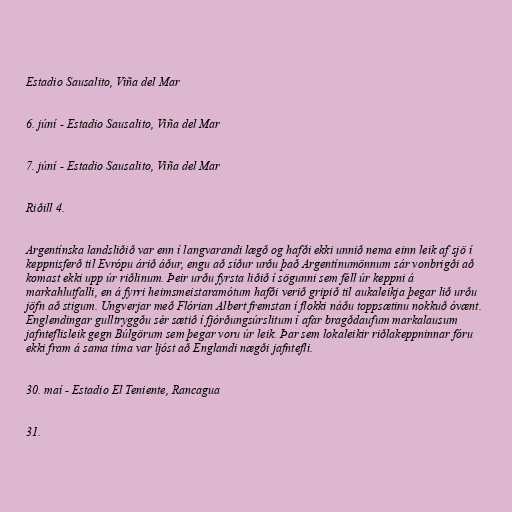
Estadio Sausalito, Viña del Mar

6. júní - Estadio Sausalito, Viña del Mar

7. júní - Estadio Sausalito, Viña del Mar

Riðill 4.

Argentínska landsliðið var enn í langvarandi lægð og hafði ekki unnið nema einn leik af sjö í
keppnisferð til Evrópu árið áður, engu að síður urðu það Argentínumönnum sár vonbrigði að
komast ekki upp úr riðlinum. Þeir urðu fyrsta liðið í sögunni sem féll úr keppni á
markahlutfalli, en á fyrri heimsmeistaramótum hafði verið gripið til aukaleikja þegar lið urðu
jöfn að stigum. Ungverjar með Flórian Albert fremstan í flokki náðu toppsætinu nokkuð óvænt.
Englendingar gulltryggðu sér sætið í fjórðungsúrslitum í afar bragðdaufum markalausum
jafnteflisleik gegn Búlgörum sem þegar voru úr leik. Þar sem lokaleikir riðlakeppninnar fóru
ekki fram á sama tíma var ljóst að Englandi nægði jafntefli.

30. maí - Estadio El Teniente, Rancagua

31.